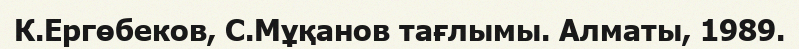
К.Ергөбеков, С.Мұқанов тағлымы. Алматы, 1989.